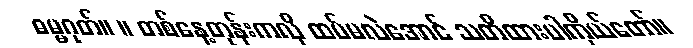
ဓမ္မဂုတ်။ ။ တစ်နေ့တုန်းကလို ထပ်မလဲအောင် သတိထားပါကိုယ်တော်။